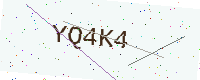
Text: YQ4K4